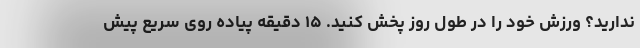
ندارید؟ ورزش خود را در طول روز پخش کنید. ۱۵ دقیقه پیاده روی سریع پیش